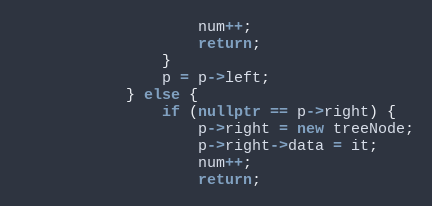
Language: C++
                    num++;
                    return;
                }
                p = p->left;
            } else {
                if (nullptr == p->right) {
                    p->right = new treeNode;
                    p->right->data = it;
                    num++;
                    return;